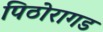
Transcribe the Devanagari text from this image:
पिठोरागड